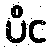
ပိင